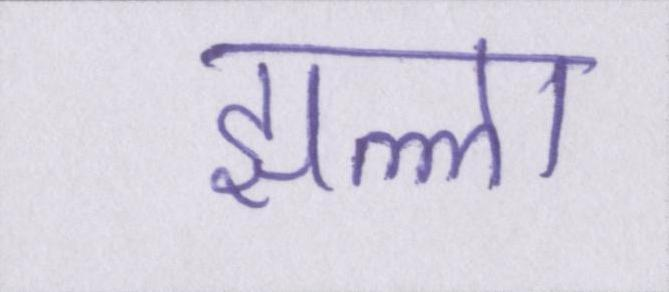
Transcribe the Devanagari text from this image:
झल्ला